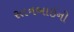
રતનબાઇની